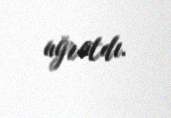
uğratdı.